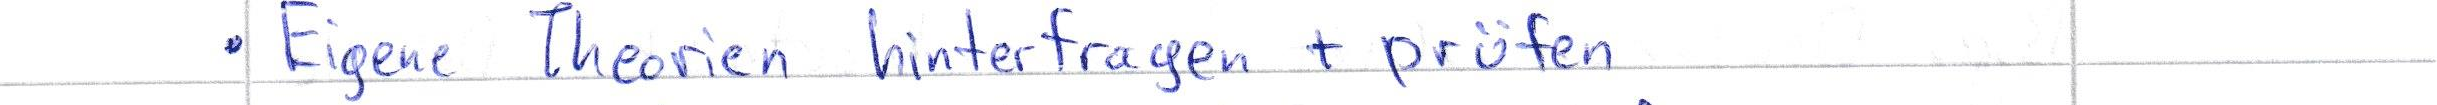
Eigene Theorien hinterfragen + prüfen